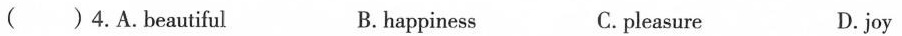
( ) 4.A.Beautiful B.happiness C.pleasure D.joy